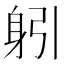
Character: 𨈧